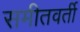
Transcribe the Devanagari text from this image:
समीतवर्ती